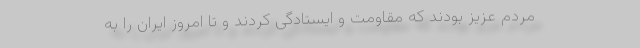
مردم عزیز بودند که مقاومت و ایستادگی کردند و تا امروز ایران را به